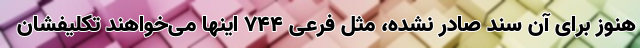
هنوز برای آن سند صادر نشده، مثل فرعی ۷۴۴ اینها می‌خواهند تکلیفشان